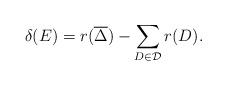
LaTeX: \begin{align*} \delta(E)=r(\overline\Delta)-\sum_{D\in\mathcal D}r(D). \end{align*}